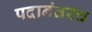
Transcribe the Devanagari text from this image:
पदानंतरच